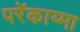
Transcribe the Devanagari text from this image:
परेंकाय्मा